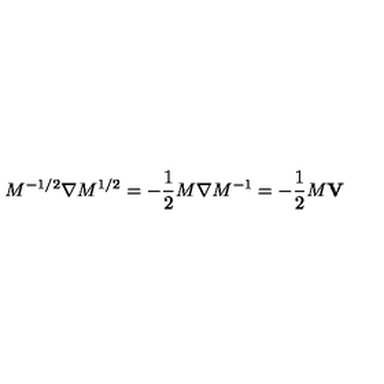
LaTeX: M ^ { - 1 / 2 } { \bf \nabla } M ^ { 1 / 2 } = - { \frac { 1 } { 2 } } M { \bf \nabla } M ^ { - 1 } = - { \frac { 1 } { 2 } } M { \bf V }